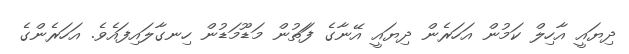
ދިޔައީ އާހިލް ކަމުން އަހަރެން ދިޔައީ އޭނާގެ ފަަތުން މަޑޫމަޑުން ހިނގާލައިފައެވެ. އަހަރެންގެ